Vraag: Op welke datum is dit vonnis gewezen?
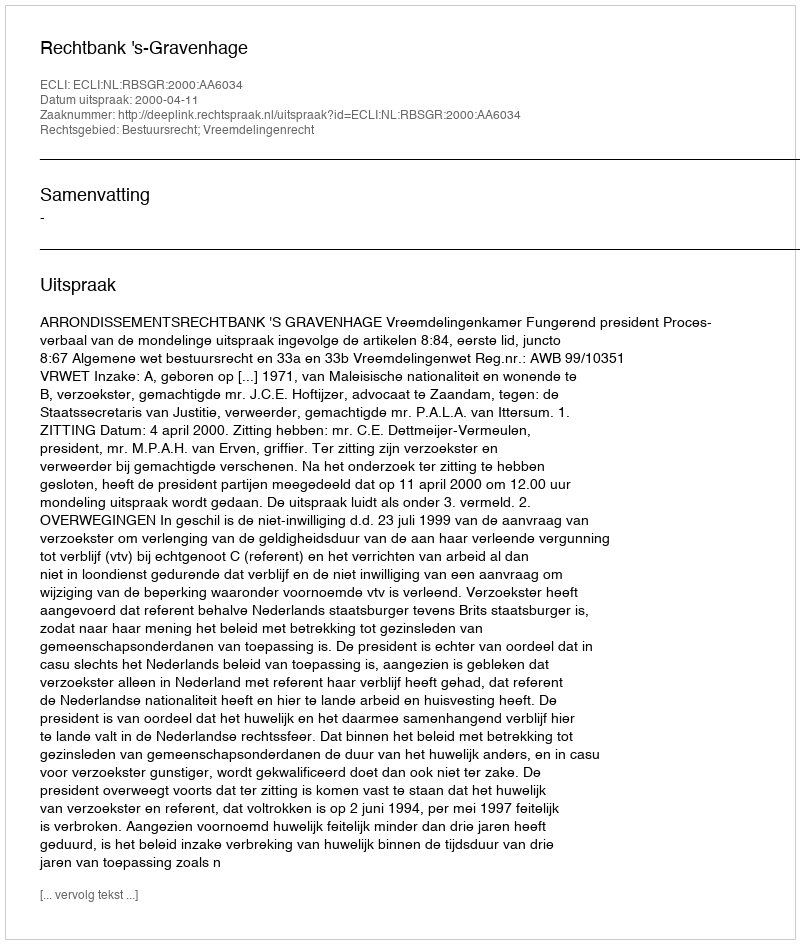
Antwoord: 2000-04-11